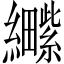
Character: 𫄕